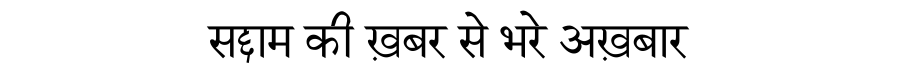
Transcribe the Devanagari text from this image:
सद्दाम की ख़बर से भरे अख़बार